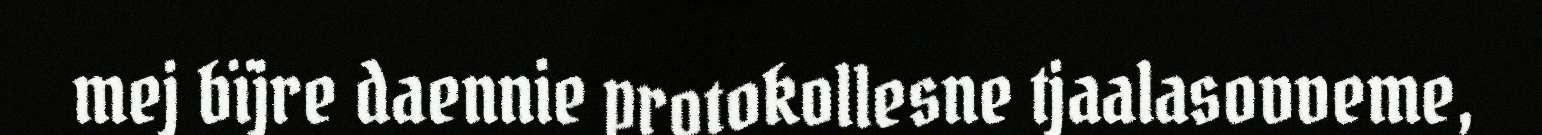
mej bïjre daennie protokollesne tjaalasovveme,